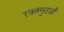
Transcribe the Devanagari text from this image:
रक्तगुठळी